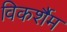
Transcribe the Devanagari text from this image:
विकर्शैम